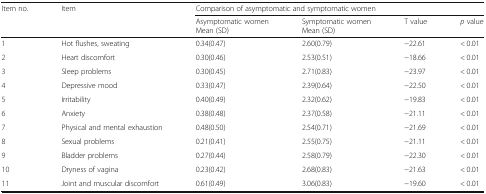
<table><thead><tr><td rowspan="2"><b>Item no.</b></td><td rowspan="2"><b>Item</b></td><td colspan="4"><b>Comparison of asymptomatic and symptomatic women</b></td></tr><tr><td><b>Asymptomatic womenMean (SD)</b></td><td><b>Symptomatic womenMean (SD)</b></td><td><b>T value</b></td><td><b><i>p</i> value</b></td></tr></thead><tbody><tr><td>1</td><td>Hot flushes, sweating</td><td>0.34(0.47)</td><td>2.60(0.79)</td><td>−22.61</td><td>&lt; 0.01</td></tr><tr><td>2</td><td>Heart discomfort</td><td>0.30(0.46)</td><td>2.53(0.51)</td><td>−18.66</td><td>&lt; 0.01</td></tr><tr><td>3</td><td>Sleep problems</td><td>0.30(0.45)</td><td>2.71(0.83)</td><td>−23.97</td><td>&lt; 0.01</td></tr><tr><td>4</td><td>Depressive mood</td><td>0.33(0.47)</td><td>2.39(0.64)</td><td>−22.50</td><td>&lt; 0.01</td></tr><tr><td>5</td><td>Irritability</td><td>0.40(0.49)</td><td>2.32(0.62)</td><td>−19.83</td><td>&lt; 0.01</td></tr><tr><td>6</td><td>Anxiety</td><td>0.38(0.48)</td><td>2.37(0.58)</td><td>−21.11</td><td>&lt; 0.01</td></tr><tr><td>7</td><td>Physical and mental exhaustion</td><td>0.48(0.50)</td><td>2.54(0.71)</td><td>−21.69</td><td>&lt; 0.01</td></tr><tr><td>8</td><td>Sexual problems</td><td>0.21(0.41)</td><td>2.55(0.75)</td><td>−21.11</td><td>&lt; 0.01</td></tr><tr><td>9</td><td>Bladder problems</td><td>0.27(0.44)</td><td>2.58(0.79)</td><td>−22.30</td><td>&lt; 0.01</td></tr><tr><td>10</td><td>Dryness of vagina</td><td>0.23(0.42)</td><td>2.68(0.83)</td><td>−21.63</td><td>&lt; 0.01</td></tr><tr><td>11</td><td>Joint and muscular discomfort</td><td>0.61(0.49)</td><td>3.06(0.83)</td><td>−19.60</td><td>&lt; 0.01</td></tr></tbody></table>